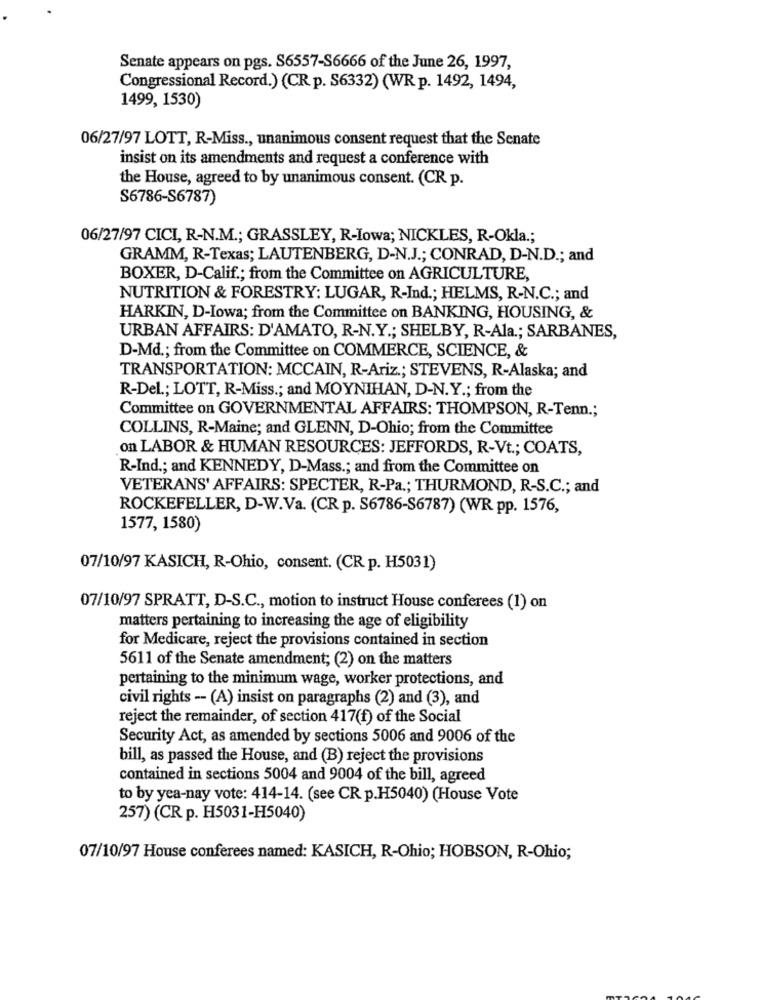
Senate appears on pgs. S6557-S6666 of the June 26, 1997,
Congressional Record.) (CR p. S6332) (WR p. 1492, 1494,
1499, 1530)
06/27/97 LOTT, R-Miss ., unanimous consent request that the Senate
insist on its amendments and request a conference with
the House, agreed to by unanimous consent. (CR p.
S6786-S6787)
06/27/97 CICI, R-N.M .; GRASSLEY, R-Iowa; NICKLES, R-Okla .;
GRAMM, R-Texas; LAUTENBERG, D-N.J .; CONRAD, D-N.D .; and
BOXER, D-Calif .; from the Committee on AGRICULTURE,
NUTRITION & FORESTRY: LUGAR, R-Ind .; HELMS, R-N.C .; and
HARKIN, D-Iowa; from the Committee on BANKING, HOUSING, &
URBAN AFFAIRS: D'AMATO, R-N.Y .; SHELBY, R-Ala .; SARBANES,
D-Md .; from the Committee on COMMERCE, SCIENCE, &
TRANSPORTATION: MCCAIN, R-Ariz .; STEVENS, R-Alaska; and
R-Del .; LOTT, R-Miss .; and MOYNIHAN, D-N.Y .; from the
Committee on GOVERNMENTAL AFFAIRS: THOMPSON, R-Tenn .;
COLLINS, R-Maine; and GLENN, D-Ohio; from the Committee
on LABOR & HUMAN RESOURCES: JEFFORDS, R-Vt .; COATS,
R-Ind .; and KENNEDY, D-Mass .; and from the Committee on
VETERANS' AFFAIRS: SPECTER, R-Pa .; THURMOND, R-S.C .; and
ROCKEFELLER, D-W.Va. (CR p. S6786-S6787) (WR pp. 1576,
1577, 1580)
07/10/97 KASICH, R-Ohio, consent. (CR p. H5031)
07/10/97 SPRATT, D-S.C ., motion to instruct House conferees (1) on
matters pertaining to increasing the age of eligibility
for Medicare, reject the provisions contained in section
5611 of the Senate amendment; (2) on the matters
pertaining to the minimum wage, worker protections, and
civil rights -- (A) insist on paragraphs (2) and (3), and
reject the remainder, of section 417(f) of the Social
Security Act, as amended by sections 5006 and 9006 of the
bill, as passed the House, and (B) reject the provisions
contained in sections 5004 and 9004 of the bill, agreed
to by yea-nay vote: 414-14. (see CR p.H5040) (House Vote
257) (CR p. H5031-H5040)
07/10/97 House conferees named: KASICH, R-Ohio; HOBSON, R-Ohio;